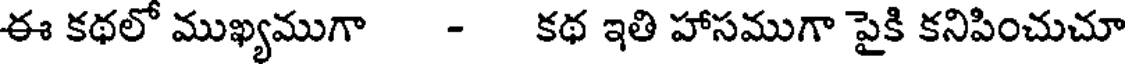
ఈ కథలో ముఖ్యముగా - కథ ఇతి హాసముగా పైకి కనిపించుచూ